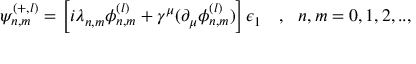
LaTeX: \psi _ { n , m } ^ { ( + , l ) } = \left[ i \lambda _ { n , m } \phi _ { n , m } ^ { ( l ) } + \gamma ^ { \mu } ( \partial _ { \mu } \phi _ { n , m } ^ { ( l ) } ) \right] \epsilon _ { 1 } ~ ~ ~ , ~ ~ n , m = 0 , 1 , 2 , . . ,